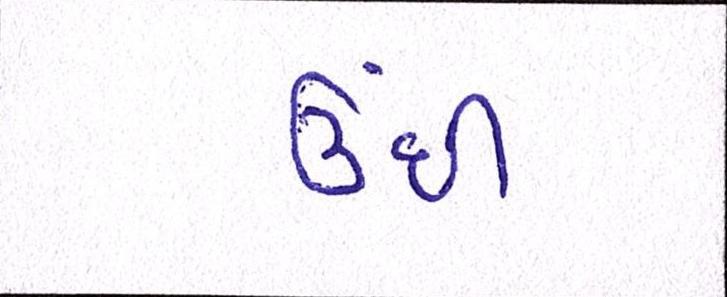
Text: ઊંધી